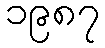
၁၉၈၇